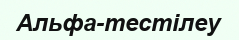
Альфа-тестілеу